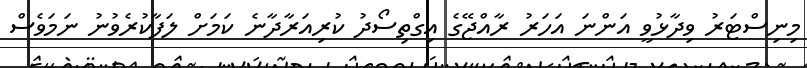
މިނިސްޓަރު ވިދާޅުވީ އަންނަ އަހަރު ރާއްޖޭގެ އިގްތިސޯދު ކުރިއަރާދާނެ ކަމަށް ލަފާކުރެވުނު ނަމަވެސް